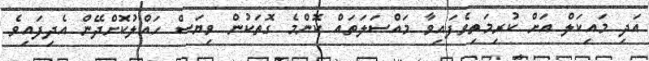
އަދި މައިކަލް އަށް ކުރިމަތިވެފައިވާ މައްސަލަތައް ކޮންމެ ގޮތަކުން ވިޔަސް ހައްލުކޮށްދޭން އެދިފައިވެ